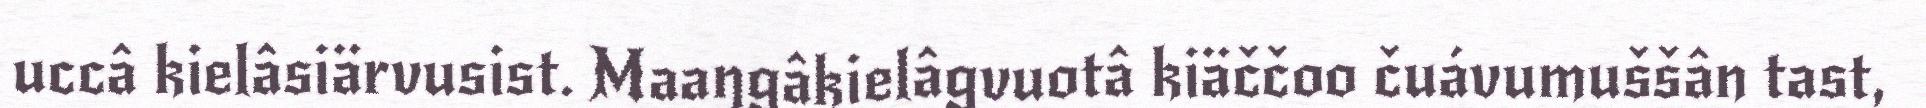
uccâ kielâsiärvusist. Maaŋgâkielâgvuotâ kiäččoo čuávumuššân tast,